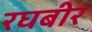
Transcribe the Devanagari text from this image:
रघबीर